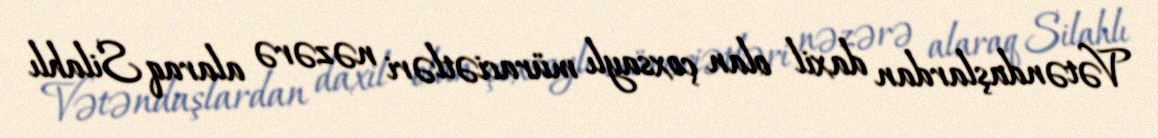
Vətəndaşlardan daxil olan çoxsaylı müraciətləri nəzərə alaraq Silahlı